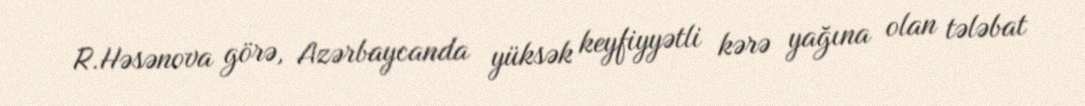
R.Həsənova görə, Azərbaycanda yüksək keyfiyyətli kərə yağına olan tələbat